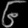
Digit: ၆